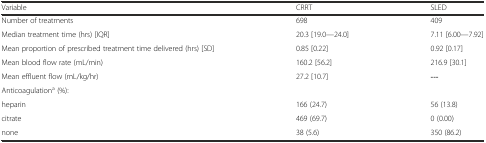
| Variable | CRRT | SLED |
 | --- | --- | --- |
 | Number of treatments | 698 | 409 |
 | Median treatment time (hrs) [IQR] | 20.3 [19.0—24.0] | 7.11 [6.00—7.92] |
 | Mean proportion of prescribed treatment time delivered (hrs) [SD] | 0.85 [0.22] | 0.92 [0.17] |
 | Mean blood flow rate (mL/min) | 160.2 [56.2] | 216.9 [30.1] |
 | Mean effluent flow (mL/kg/hr) | 27.2 [10.7] | --- |
 | Anticoagulationa (%): |  |  |
 | heparin | 166 (24.7) | 56 (13.8) |
 | citrate | 469 (69.7) | 0 (0.00) |
 | none | 38 (5.6) | 350 (86.2) |